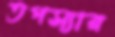
তপস্যার